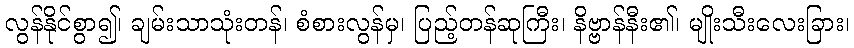
လွန်နိုင်စွာ၍၊ ချမ်းသာသုံးတန်၊ စံစားလွန်မှ၊ ပြည့်တန်ဆုကြီး၊ နိဗ္ဗာန်နီး၏၊ မျိုးသီးလေးခြား၊